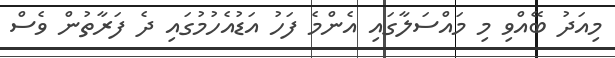
މިއަދު ބޭއްވި މި މައްސަލާގައި އެންމެ ފަހު އަޑުއެހުމުގައި ދެ ފަރާތުން ވެސް